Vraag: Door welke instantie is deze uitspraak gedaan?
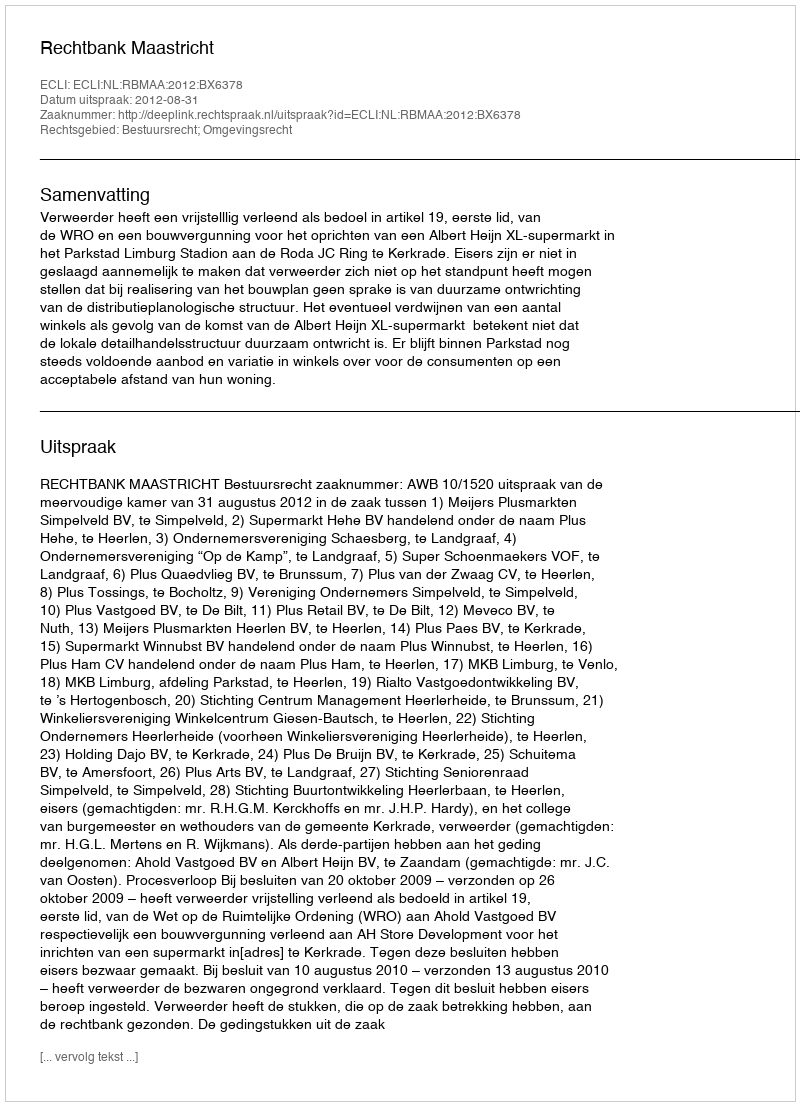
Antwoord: Rechtbank Maastricht